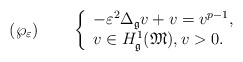
\begin{align*}(\wp_{\varepsilon})\qquad\left\{\begin{array}[c]{l}-\varepsilon^{2}\Delta_{\mathfrak{g}}v+v=v^{p-1},\\v\in H_{\mathfrak{g}}^{1}(\mathfrak{M}),v>0.\end{array}\right.\end{align*}